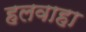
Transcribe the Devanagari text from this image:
हलवाहा